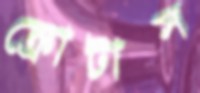
ক্রোটাস